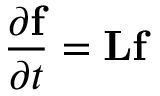
\frac { \partial \mathbf { f } } { \partial t } = \mathbf { L } \mathbf { f }